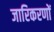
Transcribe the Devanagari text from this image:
जारिकरणों